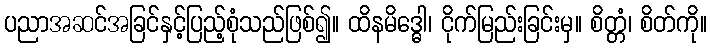
ပညာအဆင်အခြင်နှင့်ပြည့်စုံသည်ဖြစ်၍။ ထိနမိဒ္ဓေါ၊ ငိုက်မြည်းခြင်းမှ။ စိတ္တံ၊ စိတ်ကို။